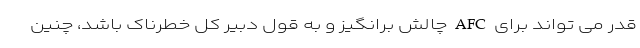
قدر می تواند برای AFC چالش برانگیز و به قول دبیر کل خطرناک باشد، چنین